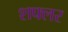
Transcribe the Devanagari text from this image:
शफ्लर